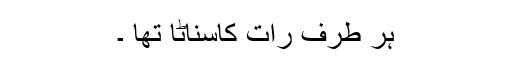
ہر طرف رات کاسناٹا تھا ۔